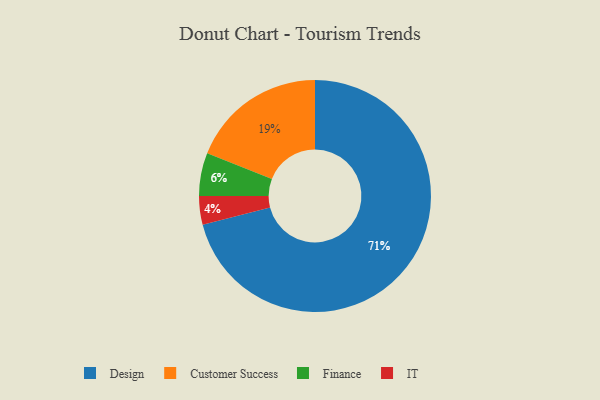
{"axis": {"x": "Category", "y": "Percentage"}, "legend": ["Customer Success", "Design", "Finance", "IT"], "data": [{"x": "Finance", "y": 6, "type": "Finance"}, {"x": "Customer Success", "y": 19, "type": "Customer Success"}, {"x": "Design", "y": 71, "type": "Design"}, {"x": "IT", "y": 4, "type": "IT"}]}